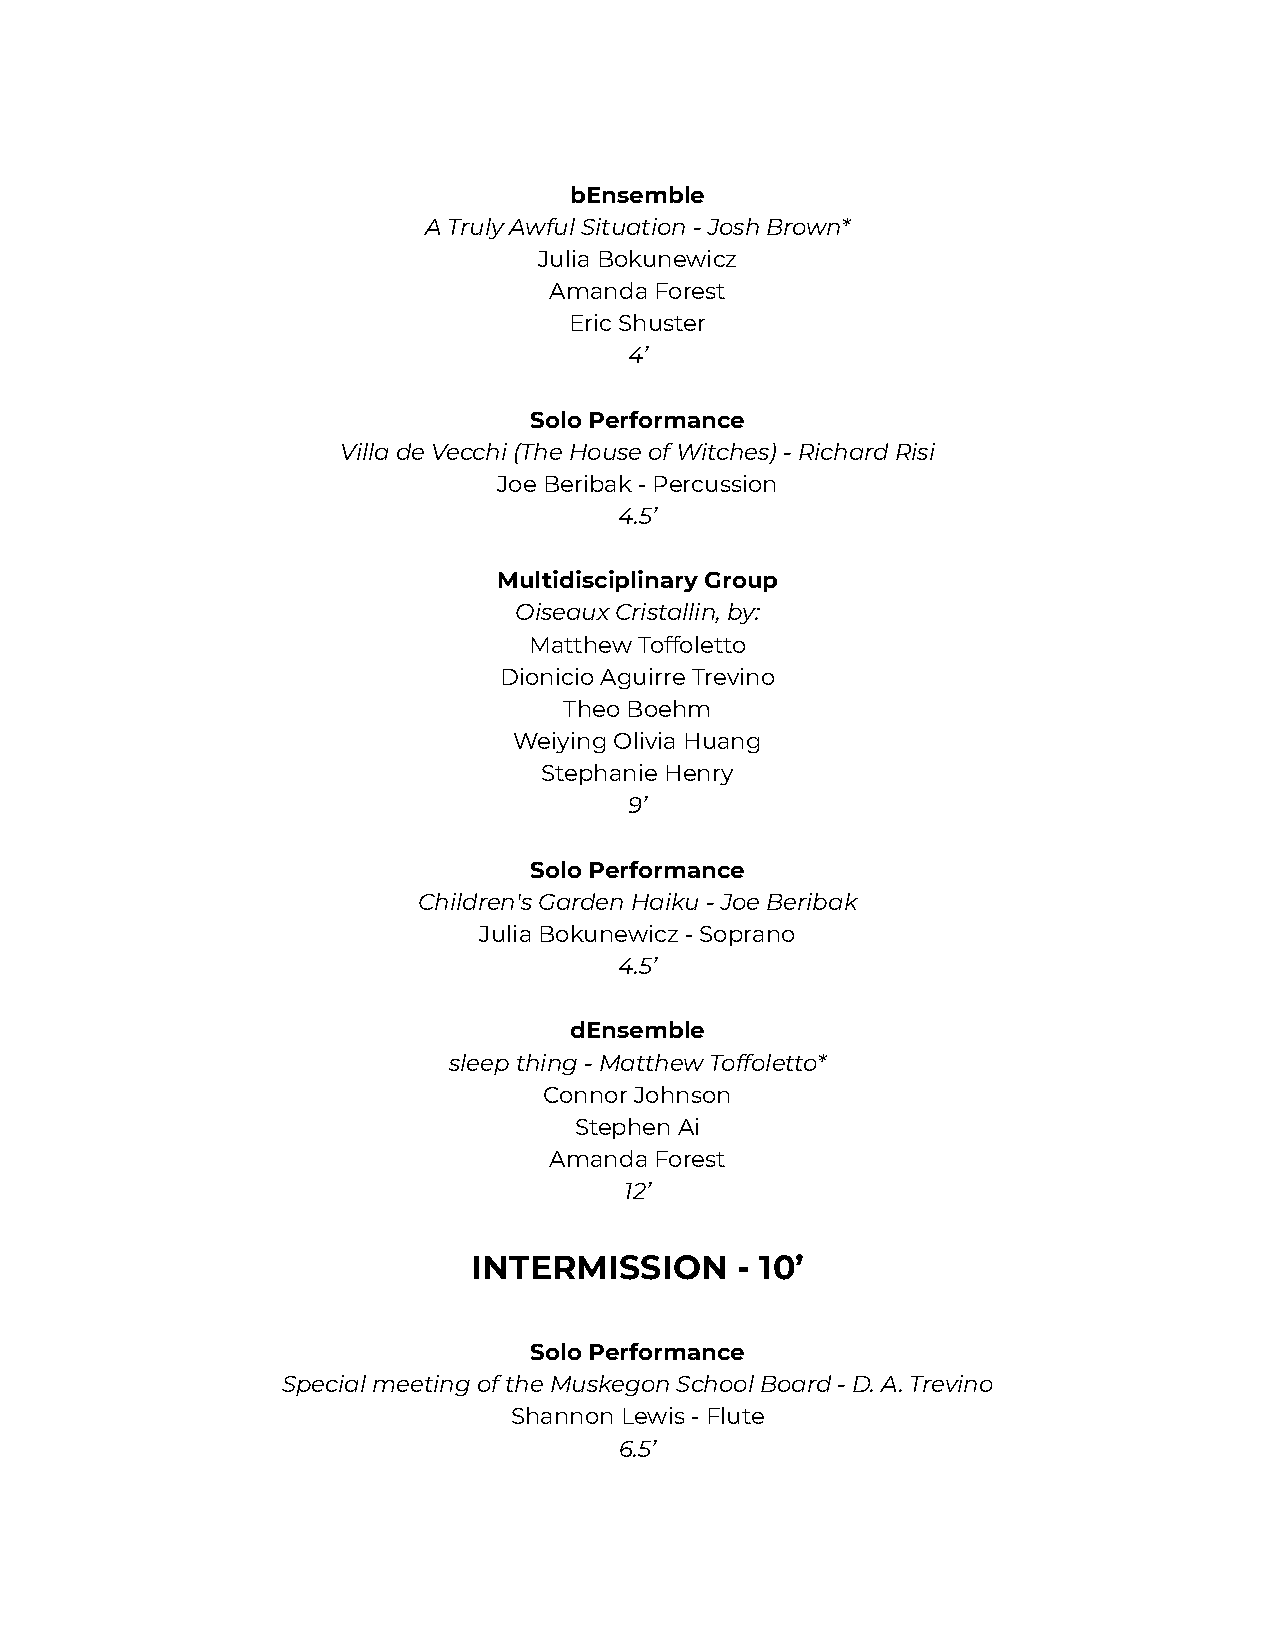
bEnsemble
 A Truly Awful Situation - Josh Brown*
 Julia Bokunewicz
 Amanda Forest
 Eric Shuster
 4’
 Solo Performance
 Villa de Vecchi (The House of Witches) - Richard Risi
 Joe Beribak - Percussion
 4.5’
 Multidisciplinary Group
 Oiseaux Cristallin, by:
 Matthew Toffoletto
 Dionicio Aguirre Trevino
 Theo Boehm
 Weiying Olivia Huang
 Stephanie Henry
 9’
 Solo Performance
 Children's Garden Haiku - Joe Beribak
 Julia Bokunewicz - Soprano
 4.5’
 dEnsemble
 sleep thing - Matthew Toffoletto*
 Connor Johnson
 Stephen Ai
 Amanda Forest
 12’
 INTERMISSION      - 10’
 Solo Performance
 Special meeting of the Muskegon School Board - D.A. Trevino
 Shannon Lewis - Flute
 6.5’